Civil Veterinary Department Bihar & Orissa reports 1922-29 - 1922-1929
Year: 1922
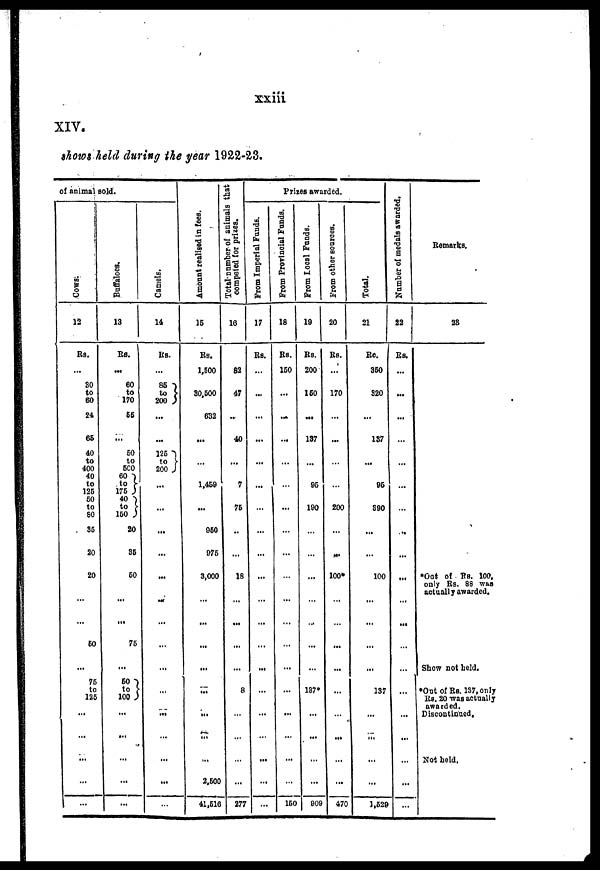
xxiii
XIV.
shows held during the year 1922-23.
of animal sold.
Cows;
12
Rs.
...
30
to
60
24
66
40
to
400
40
to
126
60
to
60
35
20
20
...
...
60
...
75
to
125
...
...
...
...
...
Buffaloes.
13
Rs.
...
60
to
170
66
...
60
to
6C0
60
to
178
40
to
160
20
35
60
...
...
76
50
to
100 ...
...
...
...
...
Camels.
14
Rs.
...
85
to
200
...
...
126
to
200
...
...
...
...
...
...
...
...
...
...
...
...
...
Amount realised in fees.
16
Rs.
1,600
30,500
632
...
...
1,469
...
950
975
3,000
...
...
...
...
...
...
...
...
2,600
41,516
Total number of animals that
competed for prizes.
16
82
47
...
40
...
7
75
...
...
18
...
...
...
...
8
...
...
...
...
277
Prizes awarded.
From Imperial Funds.
17
Rs.
...
...
...
...
...
...
...
...
...
...
...
...
...
...
...
...
...
Prom Provoncial Foods.
18
Rs.
160
...
...
...
...
...
...
...
...
...
...
...
...
...
...
...
...
...
...
160
From Local Funds.
19
Rs.
200
160
...
137
...
96
190
...
...
...
...
...
...
...
187*
...
...
...
...
909
From other sources.
20
Rs.
...
170
...
...
...
...
200
...
...
100*
...
...
...
...
...
...
...
...
...
470
Total.
21
Rs.
850
320
...
137
...
96
890
...
...
100
...
...
...
...
137
...
...
...
...
1,529
Number of medals awarded.
22
Rs.
...
...
...
...
...
...
...
...
...
...
...
...
...
...
...
...
...
...
...
Remarks.
23
*Out of Rs. 100
only Rs. 88 was
actually awarded.
Show not held.
*Out of Rs. 137, only
Rs. 20 was actually
awarded.
Discontinued,
Not held.